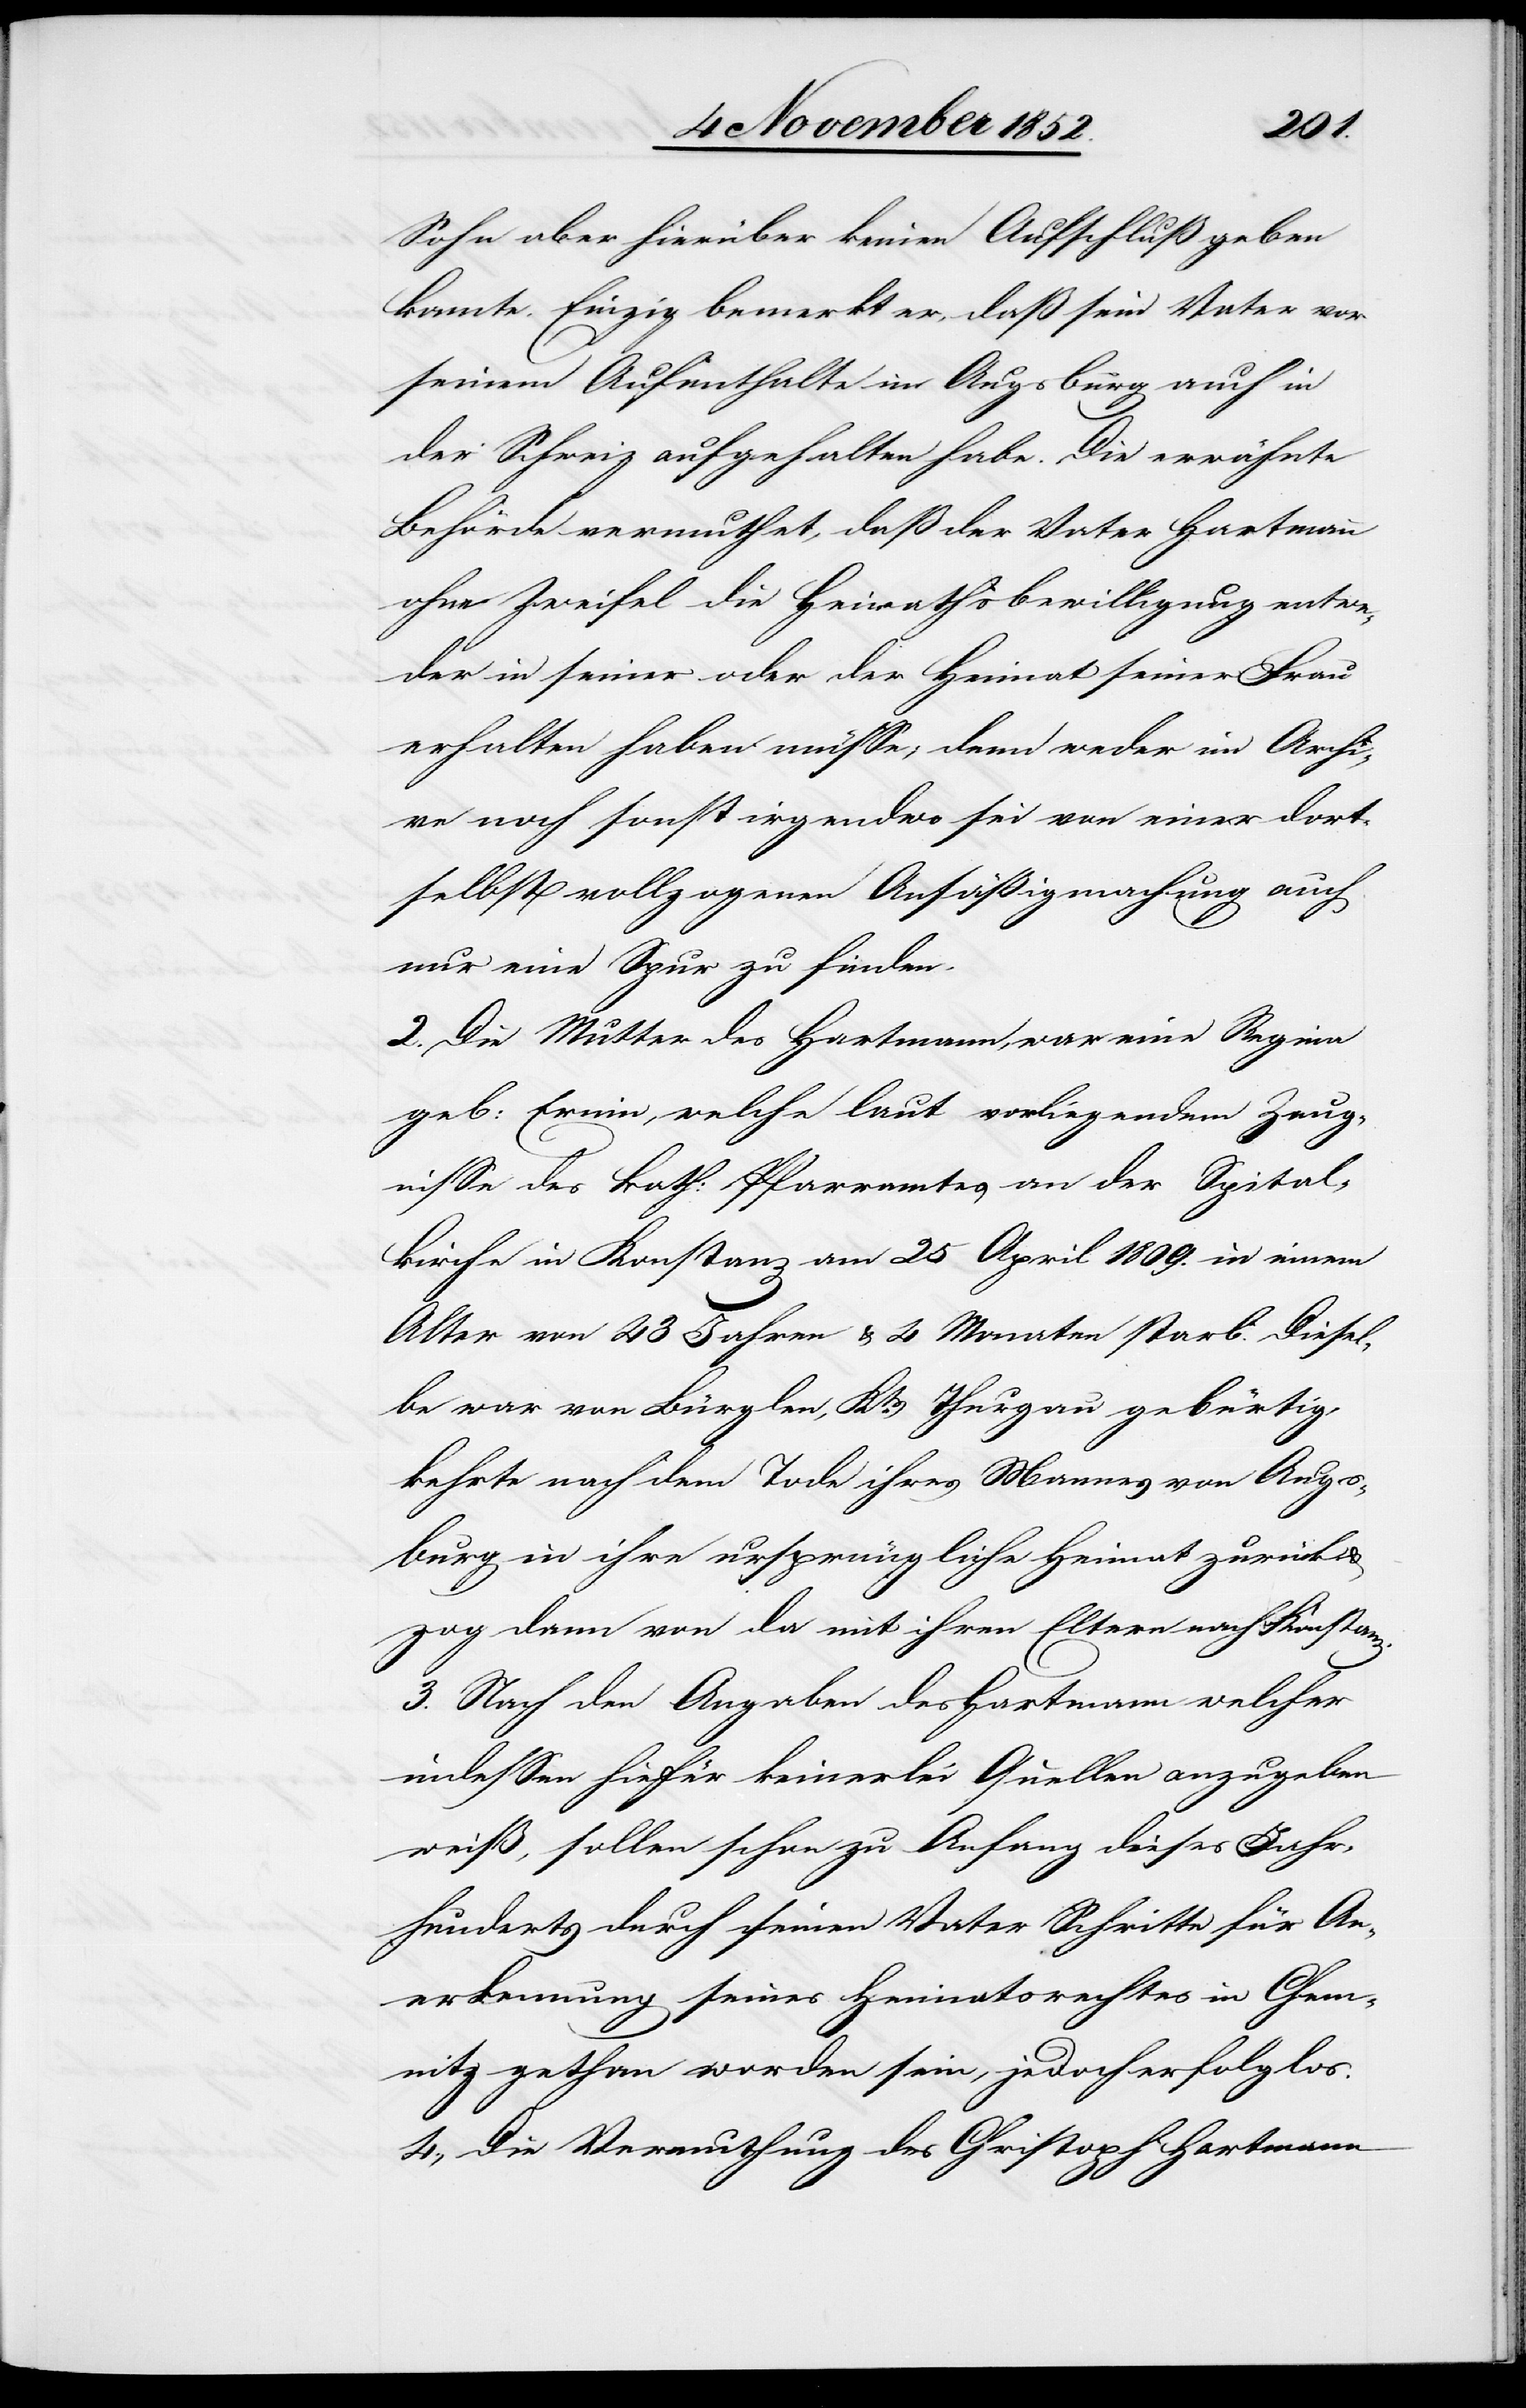
Sohn aber hierüber keinen Aufschluß geben
konnte. Einzig bemerkt er, daß [sich] sein Vater vor
seinem Aufenthalte in Augsburg auch in
der Schweiz aufgehalten habe. Die erwähnte
Behörde vermuthet, daß der Vater Hartmann
ohne Zweifel die Heirathsbewilligung entwe¬
der in seiner oder der Heimat seiner Frau
erhalten haben müsse; denn weder im Archi¬
ve noch sonst irgendwo sei von einer dort¬
selbst vollzogenen Ansäßigmachung auch
nur eine Spur zu finden.
2. Die Mutter des Hartmann, war eine Regina
geb: Ernin, welche laut vorliegendem Zeug¬
nisse des kath: Pfarramtes an der Spital¬
kirche in Konstanz am 25 April 1809. in einem
Alter von 43 Jahren & 4 Monaten starb. Diesel¬
be war von Bürglen, Kts. Thurgau gebürtig,
kehrte nach dem Tode ihres Mannes von Augs¬
burg in ihre ursprüngliche Heimat zurück &
zog dann von da mit ihren Eltern nach Konstanz.
3. Nach den Angaben des Hartmann welcher
indessen hiefür keinerlei Quellen anzugeben
weiß, sollen schon zu Anfang dieses Jahr¬
hunderts durch seinen Vater Schritte für An¬
erkennung seines Heimatsrechtes in Chem¬
nitz gethan worden sein, jedoch erfolglos.
4., Die Vermuthung des Christoph Hartmann